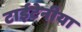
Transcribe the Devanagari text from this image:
टाईटेनीया